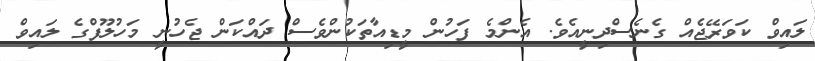
ލައިވް ކަވަރޭޖެއް ގެނެސްދިނީއެވެ. އެންމެ ފަހުން މީޑިއާތަކުންވެސް ދައްކަން ޖެހުނީ މަހުލޫފްގެ ލައިވް